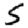
Digit: 5